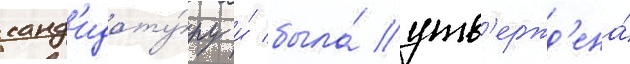
канд'идату́ру и́ была́ утв'ержд'ена́